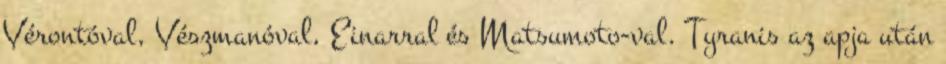
Vérontóval, Vészmanóval, Einarral és Matsumoto-val. Tyranis az apja után